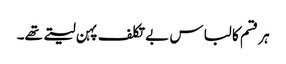
ہر قسم کا لباس بے تکلف پہن لیتے تھے۔